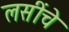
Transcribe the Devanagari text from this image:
लसींचे